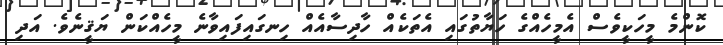
ކޮންމެ މީހަކީވެސް އެމީހެއްގެ ހަޔާތުގައި އެތަކެއް ހާދިސާއެއް ހިނގައިފައިވާނެ މީހެއްކަން ޔަޤީނެވެ. އަދި